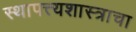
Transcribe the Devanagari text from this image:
स्थापत्त्यशास्त्राचा